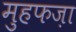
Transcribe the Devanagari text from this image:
मुहफज़ा